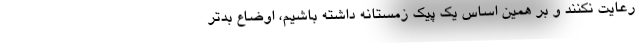
رعایت نکنند و بر همین اساس یک پیک زمستانه داشته باشیم، اوضاع بدتر